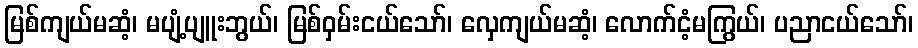
မြစ်ကျယ်မဆံ့၊ မပျံ့ပျူးဘွယ်၊ မြစ်ဝှမ်းငယ်သော်၊ လှေကျယ်မဆံ့၊ လောက်ငံ့မကြွယ်၊ ပညာငယ်သော်၊